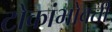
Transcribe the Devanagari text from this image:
टोकांभोवती